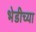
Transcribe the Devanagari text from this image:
भेडीच्या